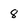
Character: 8